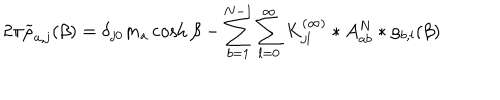
LaTeX: 2 \pi \widetilde { \rho } _ { a , j } ( \beta ) = \delta _ { j 0 } m _ { a } \cosh \beta - \sum _ { b = 1 } ^ { N - 1 } \sum _ { l = 0 } ^ { \infty } { K _ { j l } ^ { ( \infty ) } } * A _ { a b } ^ { N } * \rho _ { b , l } ( \beta )